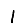
Digit: 1